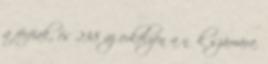
a férfiak, és 238 az erkélyen a nők számára.